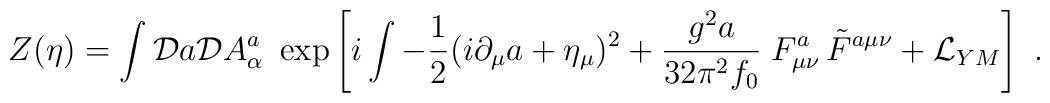
Z(\eta) = \int {\cal D} a   {\cal D} A_\alpha^a\  \exp \left[i \int  - {1\over2}  (i \partial_\mu a  + \eta_\mu)^2  + {g^2 a \over   32 \pi^2 f_0} \;F_{\mu\nu}^a \, \tilde F^{a \mu\nu}  + {\cal L}_{YM}  \right] \ .